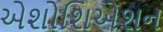
એશોશિએશન